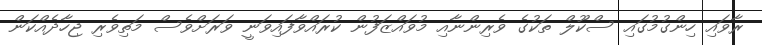
ރާވައި ހިންގުމުގައި ސްކޫލް ތަކުގެ ވެރިންނާއި މުވައްޒަފުން ކުރައްވާފައިވަނީ ވަރަށްވެސް މަތިވެރި ޖިހާދެއްކަން